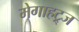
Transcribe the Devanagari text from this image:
मेगाहट्र्ज